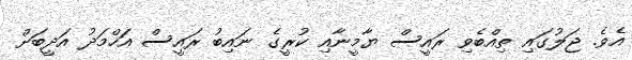
އެވެ. ޖަލުގައި ތިއްބެވި ރައީސް ޔާމީނާއި ކުރީގެ ނައިބު ރައީސް އަހްމަދު އަދީބަށް